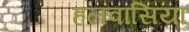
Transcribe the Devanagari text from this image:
हलवासिया